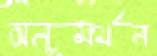
অনুমর্থন